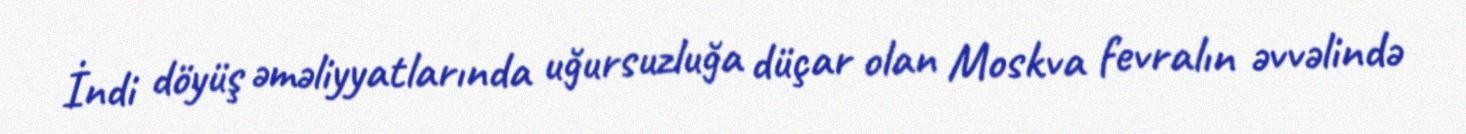
İndi döyüş əməliyyatlarında uğursuzluğa düçar olan Moskva fevralın əvvəlində